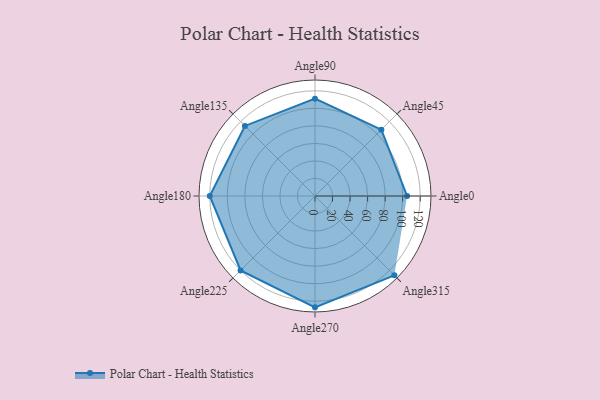
{"axis": {"x": "Angle", "y": "Radius"}, "legend": [""], "data": [{"x": "Angle0", "y": 105.0, "type": ""}, {"x": "Angle45", "y": 107.0, "type": ""}, {"x": "Angle90", "y": 111.0, "type": ""}, {"x": "Angle135", "y": 113.0, "type": ""}, {"x": "Angle180", "y": 120.0, "type": ""}, {"x": "Angle225", "y": 120.0, "type": ""}, {"x": "Angle270", "y": 127.0, "type": ""}, {"x": "Angle315", "y": 128.0, "type": ""}]}